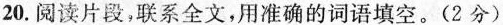
20.阅读片段，联系全文，用准确的词语填空。(2分)